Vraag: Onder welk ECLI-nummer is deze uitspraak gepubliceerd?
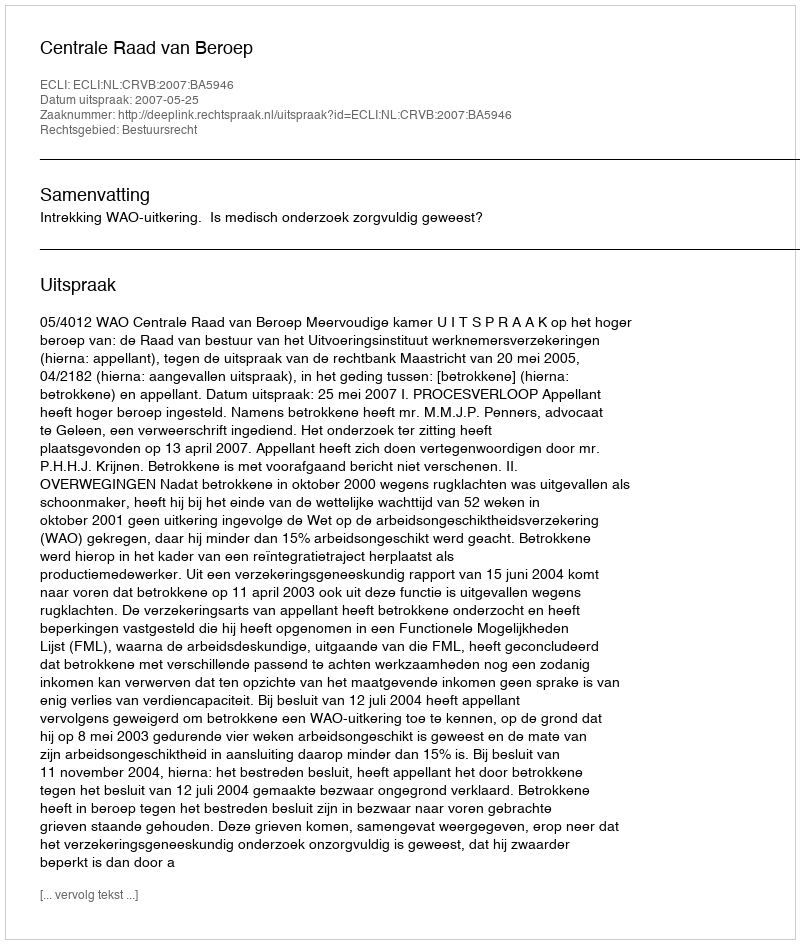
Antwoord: ECLI:NL:CRVB:2007:BA5946